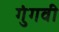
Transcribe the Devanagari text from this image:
गुंगवी